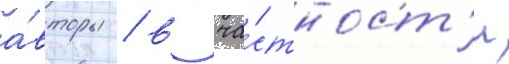
а́вторы / в ча́стност'и